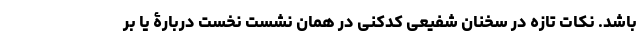
باشد. نکات تازه در سخنان شفیعی کدکنی در همان نشست نخست دربارۀ یا بر